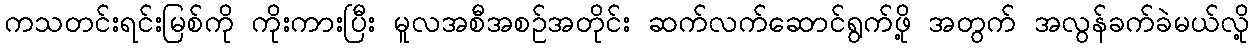
ကသတင်းရင်းမြစ်ကို ကိုးကားပြီး မူလအစီအစဉ်အတိုင်း ဆက်လက်ဆောင်ရွက်ဖို့ အတွက် အလွန်ခက်ခဲမယ်လို့